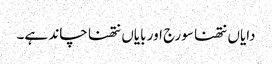
دایاں نتھنا سورج اور بایاں نتھنا چاند ہے۔